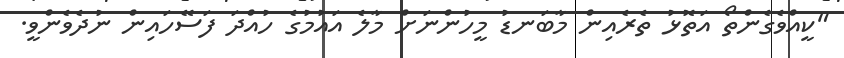
"ކީއްވެގެންތޯ އަތޮޅު ތެރެއިން މާބަނޑު މީހުންނަށް މާލެ އައުމުގެ ހުއްދަ ފަސޭހައިން ނުދެވެންވީ.